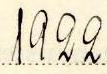
1922